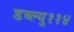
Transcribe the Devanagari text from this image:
डब्ल्यु११४